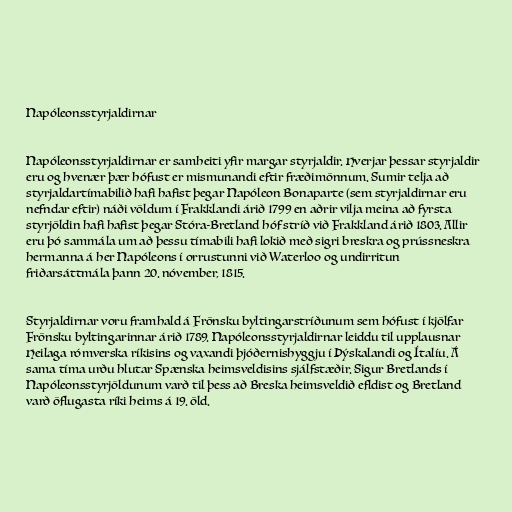
Napóleonsstyrjaldirnar

Napóleonsstyrjaldirnar er samheiti yfir margar styrjaldir. Hverjar þessar styrjaldir
eru og hvenær þær hófust er mismunandi eftir fræðimönnum. Sumir telja að
styrjaldartímabilið hafi hafist þegar Napóleon Bonaparte (sem styrjaldirnar eru
nefndar eftir) náði völdum í Frakklandi árið 1799 en aðrir vilja meina að fyrsta
styrjöldin hafi hafist þegar Stóra-Bretland hóf stríð við Frakkland árið 1803. Allir
eru þó sammála um að þessu tímabili hafi lokið með sigri breskra og prússneskra
hermanna á her Napóleons í orrustunni við Waterloo og undirritun
friðarsáttmála þann 20. nóvember, 1815.

Styrjaldirnar voru framhald á Frönsku byltingarstríðunum sem hófust í kjölfar
Frönsku byltingarinnar árið 1789. Napóleonsstyrjaldirnar leiddu til upplausnar
Heilaga rómverska ríkisins og vaxandi þjóðernishyggju í Þýskalandi og Ítalíu. Á
sama tíma urðu hlutar Spænska heimsveldisins sjálfstæðir. Sigur Bretlands í
Napóleonsstyrjöldunum varð til þess að Breska heimsveldið efldist og Bretland
varð öflugasta ríki heims á 19. öld.